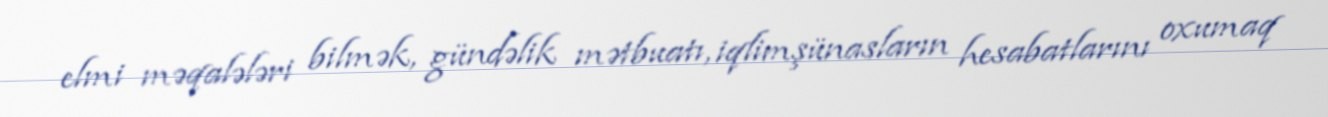
elmi məqalələri bilmək, gündəlik mətbuatı, iqlimşünasların hesabatlarını oxumaq